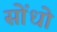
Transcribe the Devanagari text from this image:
सोंधो